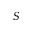
S